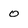
Character: o